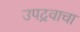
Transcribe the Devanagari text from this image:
उपद्रवाचा